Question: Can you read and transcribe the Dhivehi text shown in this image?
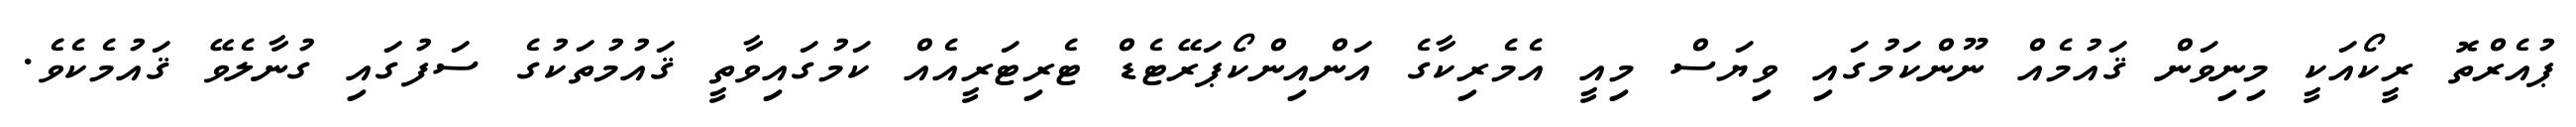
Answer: ޕުއެރްތޮ ރީކޯއަކީ މިނިވަން ޤައުމެއް ނޫންކަމުގައި ވިޔަސް މިއީ އެމެރިކާގެ އަންއިންކޯޕަރޭޓެޑް ޓެރިޓަރީއެއް ކަމުގައިވާތީ ޤައުމުތަކުގެ ސަފުގައި ގުނާލެވޭ ޤައުމެކެވެ.